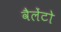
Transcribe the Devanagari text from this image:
वैलेंटो